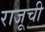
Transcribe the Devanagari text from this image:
राजूची